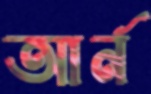
আর্ন